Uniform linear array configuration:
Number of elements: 32
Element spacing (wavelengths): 0.25
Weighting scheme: blackman
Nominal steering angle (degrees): -15
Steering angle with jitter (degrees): -14.457
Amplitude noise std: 0.05
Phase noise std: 0.05

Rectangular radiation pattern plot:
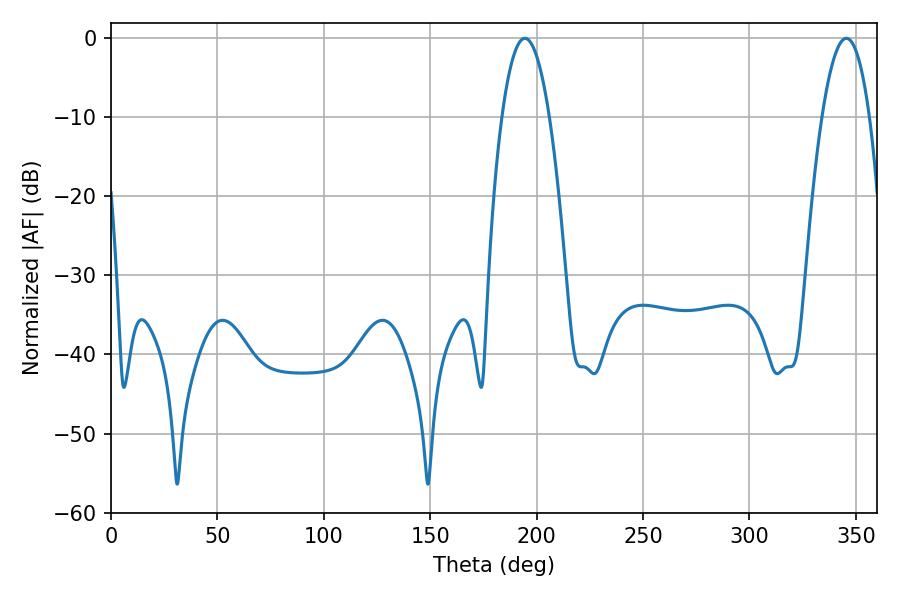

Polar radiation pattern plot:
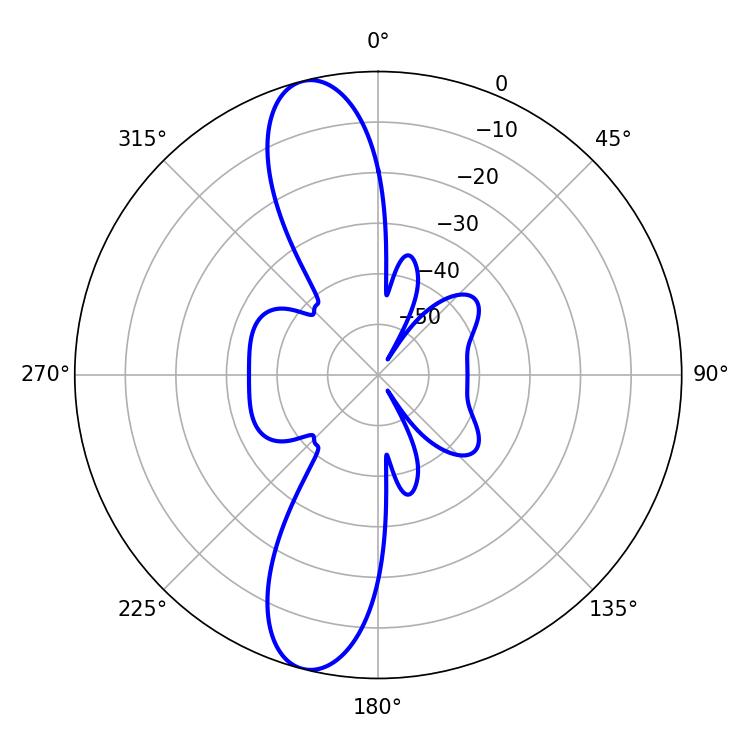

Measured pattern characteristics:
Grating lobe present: FALSE
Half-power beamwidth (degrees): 12.24
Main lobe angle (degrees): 194.4